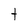
Character: t